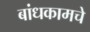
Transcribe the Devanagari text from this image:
बांधकामचे